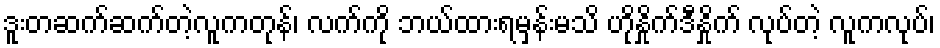
ဒူးတဆက်ဆက်တဲ့လူကတုန်၊ လက်ကို ဘယ်ထားရမှန်းမသိ ဟိုနှိုက်ဒီနှိုက် လုပ်တဲ့ လူကလုပ်၊